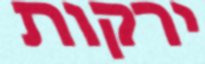
ירקות